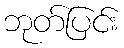
ဘုတ်ပြင်း